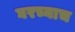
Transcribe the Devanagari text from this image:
घरच्याच